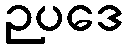
ဉပဒေ